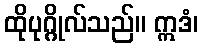
ထိုပုဂ္ဂိုလ်သည်။ ဣဒံ၊